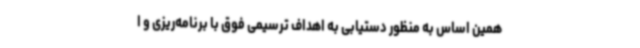
همین اساس به منظور دستیابی به اهداف ترسیمی فوق با برنامه‌ریزی و ا